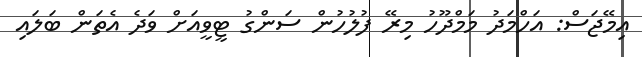
އިމޭޖަސް: އަހްމަދު މަމްދޫހު މިރޭ ފުލުހުން ސަންގު ޓީވީއަށް ވަދެ އެތަން ބަލައި